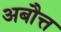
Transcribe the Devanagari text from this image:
अबौत्त